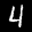
Label: 4